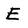
Character: E